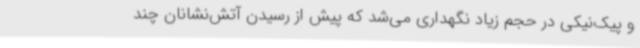
و پیک‌نیکی در حجم زیاد نگهداری می‌شد که پیش از رسیدن آتش‌نشانان چند